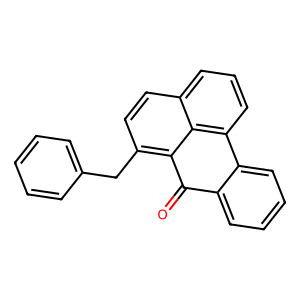
SMILES: O=C1c2ccccc2-c2cccc3ccc(Cc4ccccc4)c1c23
Inhibits HIV replication: No